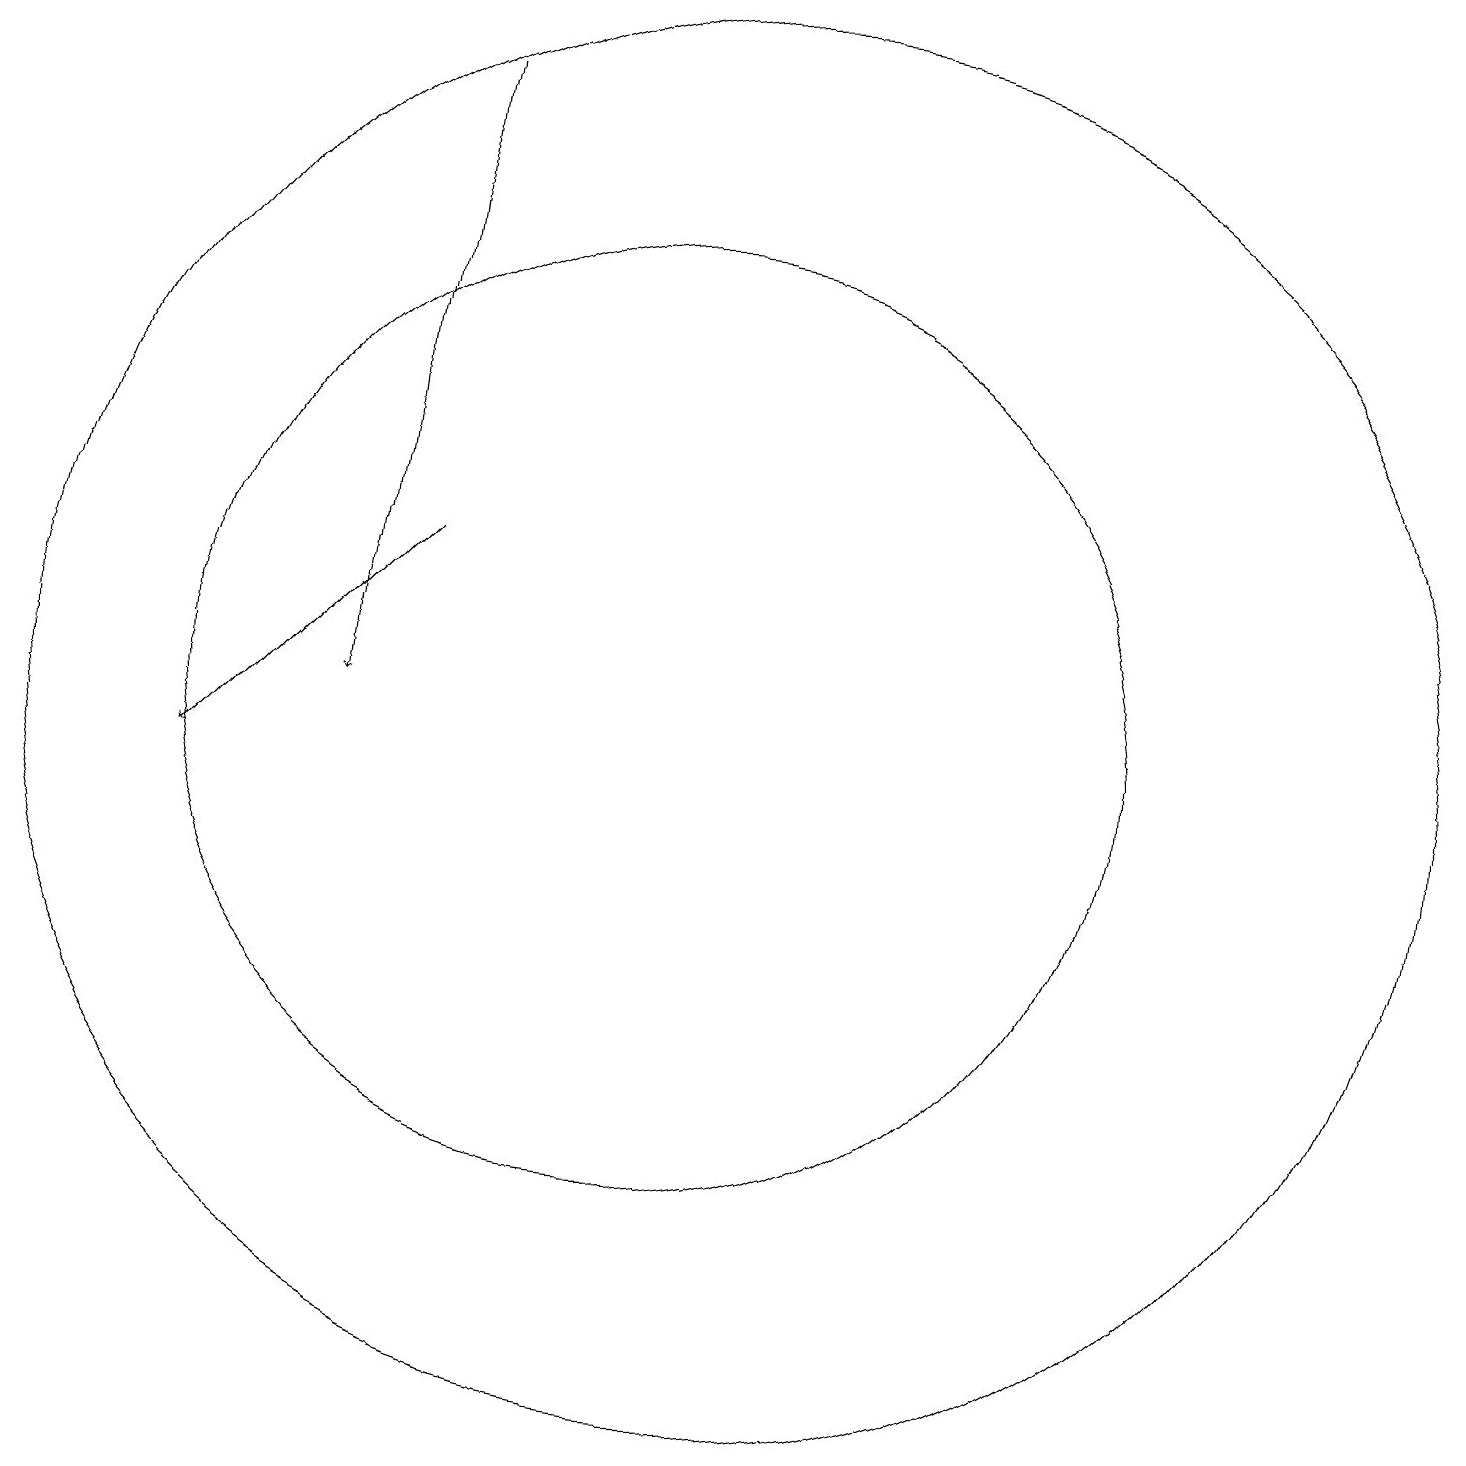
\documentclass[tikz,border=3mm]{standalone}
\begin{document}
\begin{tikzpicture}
\draw[->] (7,19) -- (6,11);
\draw (10,11) circle (6);
\draw (11,11) circle (0);
\draw[->] (7,13) -- (4,10);
\draw (11,11) circle (9);
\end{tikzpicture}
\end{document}